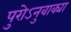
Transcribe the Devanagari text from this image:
पुरोऽनुवाक्या